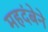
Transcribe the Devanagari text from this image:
महदंबेने